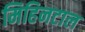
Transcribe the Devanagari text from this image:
मिहिनटाल